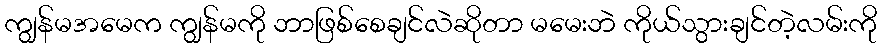
ကျွန်မအမေက ကျွန်မကို ဘာဖြစ်စေချင်လဲဆိုတာ မမေးဘဲ ကိုယ်သွားချင်တဲ့လမ်းကို